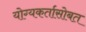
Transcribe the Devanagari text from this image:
योग्यकर्तासोबत